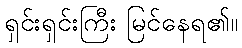
ရှင်းရှင်းကြီး မြင်နေရ၏။